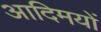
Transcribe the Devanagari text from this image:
आदिमयों